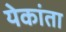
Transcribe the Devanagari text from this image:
येकांता